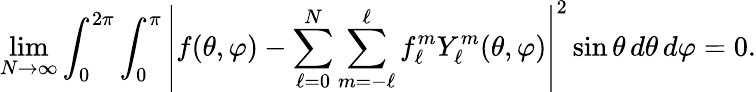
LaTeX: \operatorname*{lim}_{N\to\infty}\int_{0}^{2\pi}\int_{0}^{\pi}\left|f(\theta,\varphi)-\sum_{\ell=0}^{N}\sum_{m=-\ell}^{\ell}f_{\ell}^{m}Y_{\ell}^{m}(\theta,\varphi)\right|^{2}\sin\theta\, d\theta\, d\varphi=0.